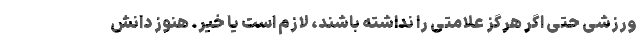
ورزشی حتی اگر هرگز علامتی را نداشته باشند، لازم است یا خیر. هنوز دانش